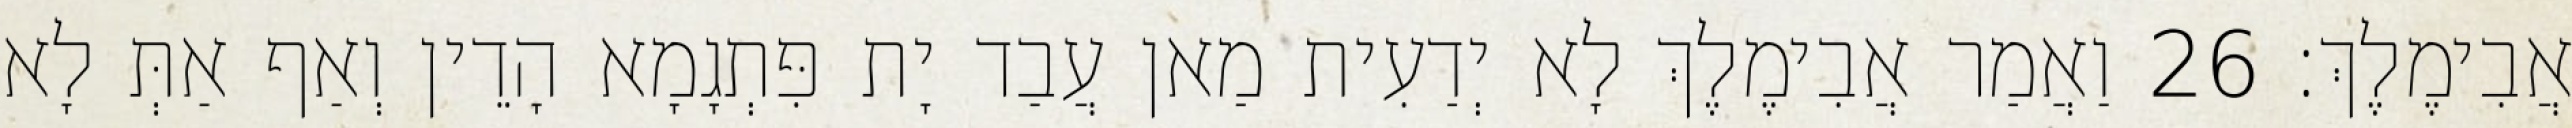
אֲבִימֶלֶךְ׃ 26 וַאֲמַר אֲבִימֶלֶךְ לָא יְדַעִית מַאן עֲבַד יָת פִּתְגָמָא הָדֵין וְאַף אַתְּ לָא